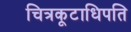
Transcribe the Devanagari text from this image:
चित्रकूटाधिपति